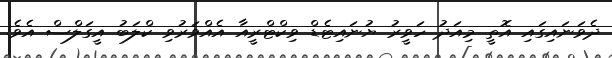
ދެވަނައިގައި އޮތީ މިއަދު ހަވީރު ޔުނައިޓެޑް ވިކްޓްރީއާ އެއްވަރުވި ކްލަބު އީގަލްސް އެވެ.